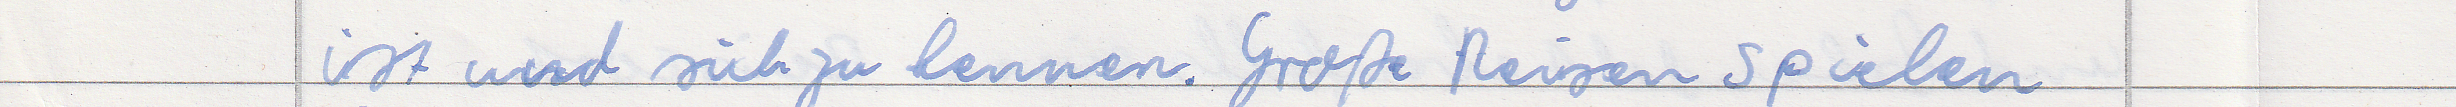
ist und sich zu kennen. Große Reisen spielen